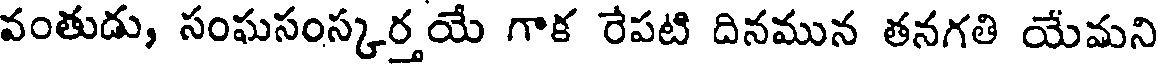
వంతుడు, సంఘసంస్కర్తయే గాక రేపటి దినమున తనగతి యేమని